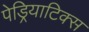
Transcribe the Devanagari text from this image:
पेड्रियाटिक्स